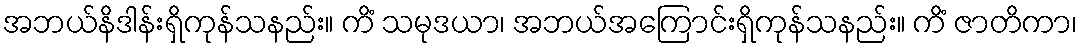
အဘယ်နိဒါန်းရှိကုန်သနည်း။ ကိံ သမုဒယာ၊ အဘယ်အကြောင်းရှိကုန်သနည်း။ ကိံ ဇာတိကာ၊